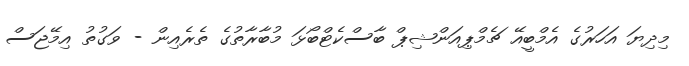
މިދިޔަ އަހަރުގެ އެމްބީއޭ ޗެމްޕިއަންޝިޕް ބާސްކެޓްބޯޅަ މުބާރާތުގެ ތެރެއިން - ވަގުތު އިމޭޖަސް